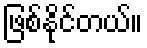
ဖြစ်နိုင်တယ်။